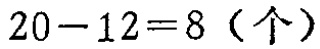
\(20 - 12 = 8 \text{（个）}\)